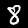
Label: 8